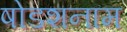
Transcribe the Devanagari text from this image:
षोडशनाम